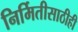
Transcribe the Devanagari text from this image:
निर्मितीसाठीही